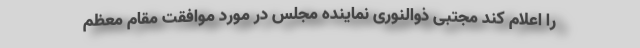
را اعلام کند مجتبی ذوالنوری نماینده مجلس در مورد موافقت مقام معظم